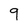
Character: 9